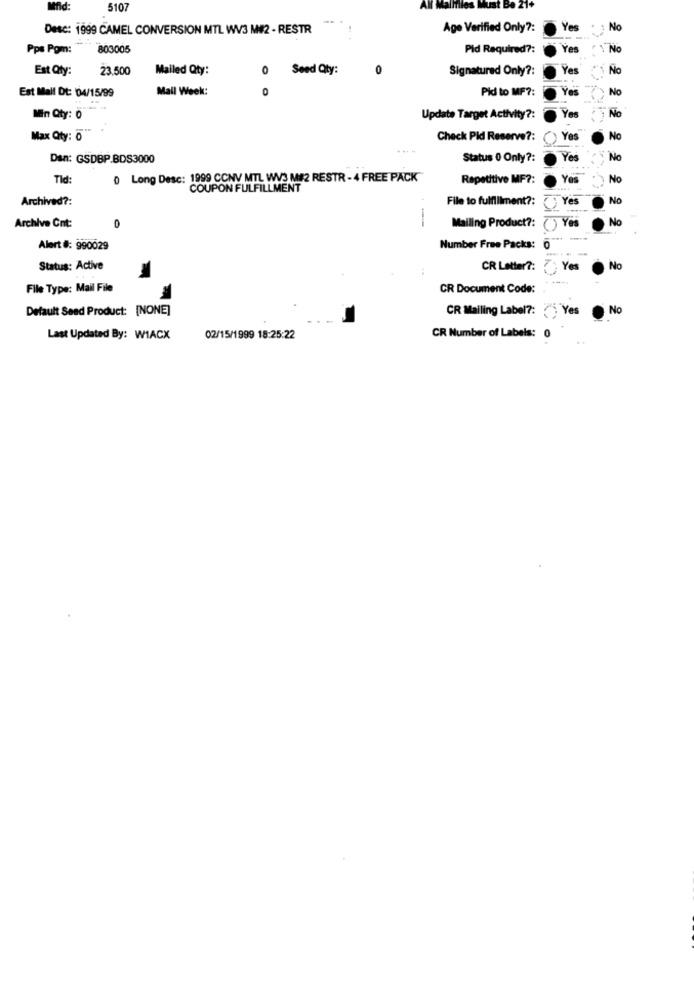
5107
Af Mallfiles Must Be 21+
Desc: 1999 CAMEL CONVERSION MTL WV3 M#2 - RESTR
Age Verified Only ?:
Yes
No
Pps Pom:
803005
Pid Required ?:
Yes
No
Est Qty:
23.500
Mailed Qty:
0
Seed Qty:
Signatured Only ?:
Yes
No
Mail Week:
0
Pid to MF ?:
Ye's
Nc
Est Mall Dt: 04/15/99
No
Min Qty: 0
Update Target Activity ?:
Yes
Max Qty: 0
Check Pid Reserve ?: ()
Yes
No
... .
Dan: GSDBP.BDS3000
Status 0 Only ?:
Yes
No
Tid:
0 Long Desc: 1999 CCNV MTL WV3 M#2 RESTR - 4 FREE PACK
Repetitive MF ?:
Yes
No
COUPON FULFILLMENT
Archived ?:
File to fulfillment ?:
( Yes
No
-
Yes
No
Archive Cnt:
Mailing Product ?:
()
Alert #: 990029
Number Free Packs:
Status: Active
CR Letter ?: Yes
No
-----
File Type: Mail File
CR Document Code:
Default Sead Product: [NONE]
CR Mailing Label ?: Yes
No
Last Updated By: WIACX
02/15/1999 18:25:22
CR Number of Labels: 0